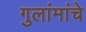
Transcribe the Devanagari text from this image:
गुलांमांचे